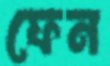
ফেন